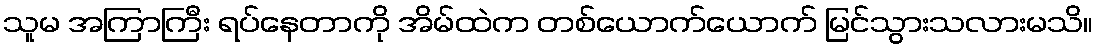
သူမ အကြာကြီး ရပ်နေတာကို အိမ်ထဲက တစ်ယောက်ယောက် မြင်သွားသလားမသိ။